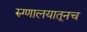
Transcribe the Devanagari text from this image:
रुग्णालयातूनच